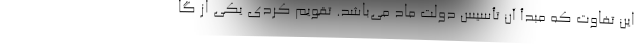
این تفاوت که مبدأ آن تأسیس دولت ماد می‌باشد. تقویم کردی یکی از گا